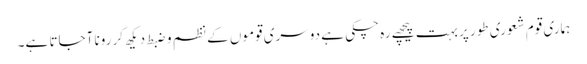
ہماری قوم شعوری طور پر بہت پیچھے رہ چکی ہے دوسری قوموں کے نظم و ضبط دیکھ کر رونا آجاتا ہے۔